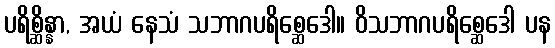
ပရိစ္ဆိန္နာ, အယံ နေသံ သဘာဂပရိစ္ဆေဒေါ။ ဝိသဘာဂပရိစ္ဆေဒေါ ပန